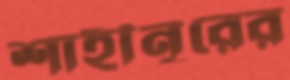
শাহীনূরের